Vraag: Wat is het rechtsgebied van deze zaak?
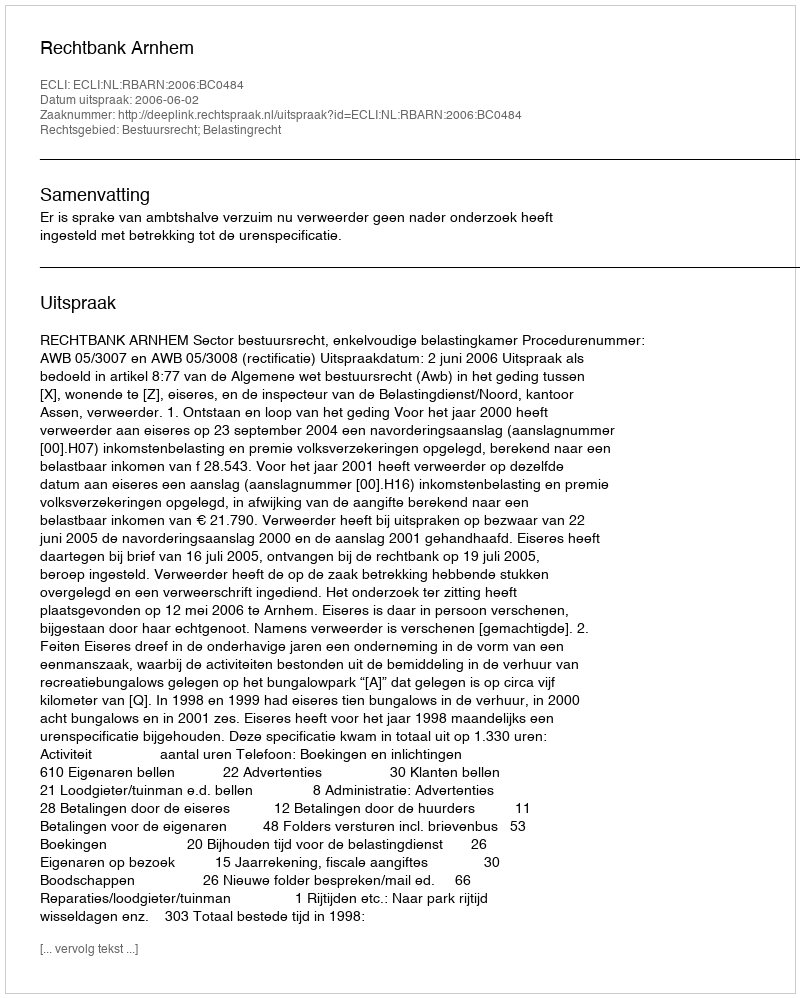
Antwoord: Bestuursrecht; Belastingrecht